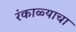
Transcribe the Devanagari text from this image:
रंकाळ्याचा